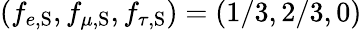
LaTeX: (f_{e,\mathrm{S}},f_{\mu,\mathrm{S}},f_{\tau,\mathrm{S}})=(1/3,2/3,0)